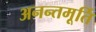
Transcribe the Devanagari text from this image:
अनन्तमूर्ति